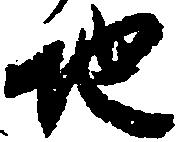
地